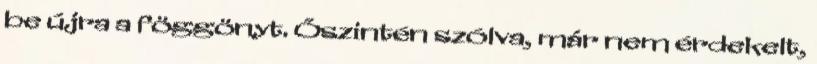
be újra a föggönyt. Őszintén szólva, már nem érdekelt,